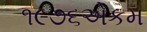
૧૯૭૬એકમ